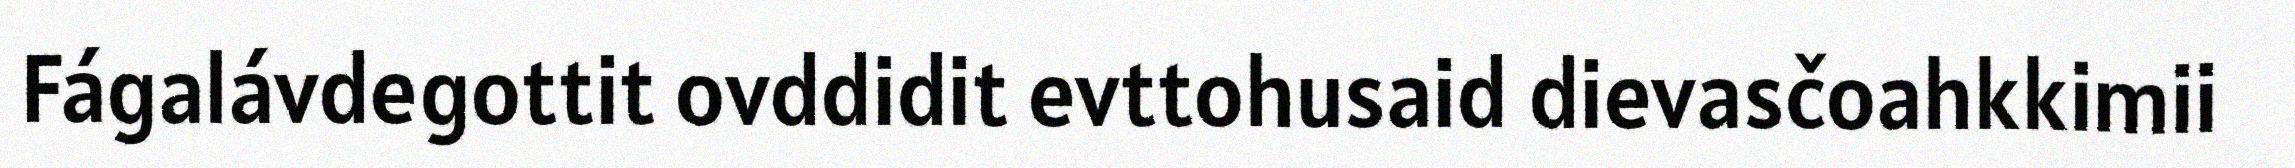
Fágalávdegottit ovddidit evttohusaid dievasčoahkkimii